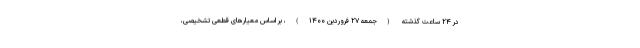
در ۲۴ ساعت گذشته (جمعه ۲۷ فروردین ۱۴۰۰)، بر اساس معیارهای قطعی تشخیصی،